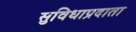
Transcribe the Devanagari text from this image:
सुविधाप्रदाता